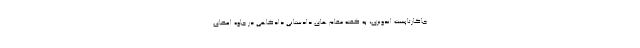
جاکارتاپست اندونزی، به گفته مقام های دادستانیِ دادگاهی در جاوه اعضای